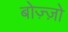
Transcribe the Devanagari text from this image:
बोज़्ज़ो